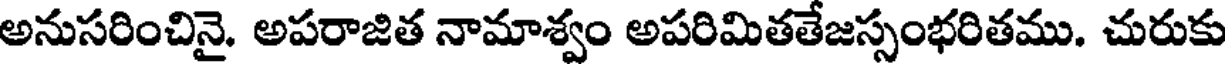
అనుసరించినై. అపరాజిత నామాశ్వం అపరిమితతేజస్సంభరితము. చురుకు